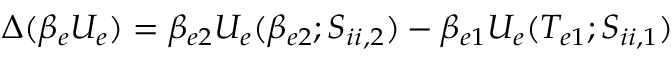
\Delta ( \beta _ { e } U _ { e } ) = \beta _ { e 2 } U _ { e } ( \beta _ { e 2 } ; S _ { i i , 2 } ) - \beta _ { e 1 } U _ { e } ( T _ { e 1 } ; S _ { i i , 1 } )